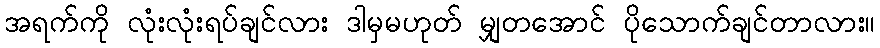
အရက်ကို လုံးလုံးရပ်ချင်လား ဒါမှမဟုတ် မျှတအောင် ပိုသောက်ချင်တာလား။